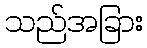
သည်အခြား